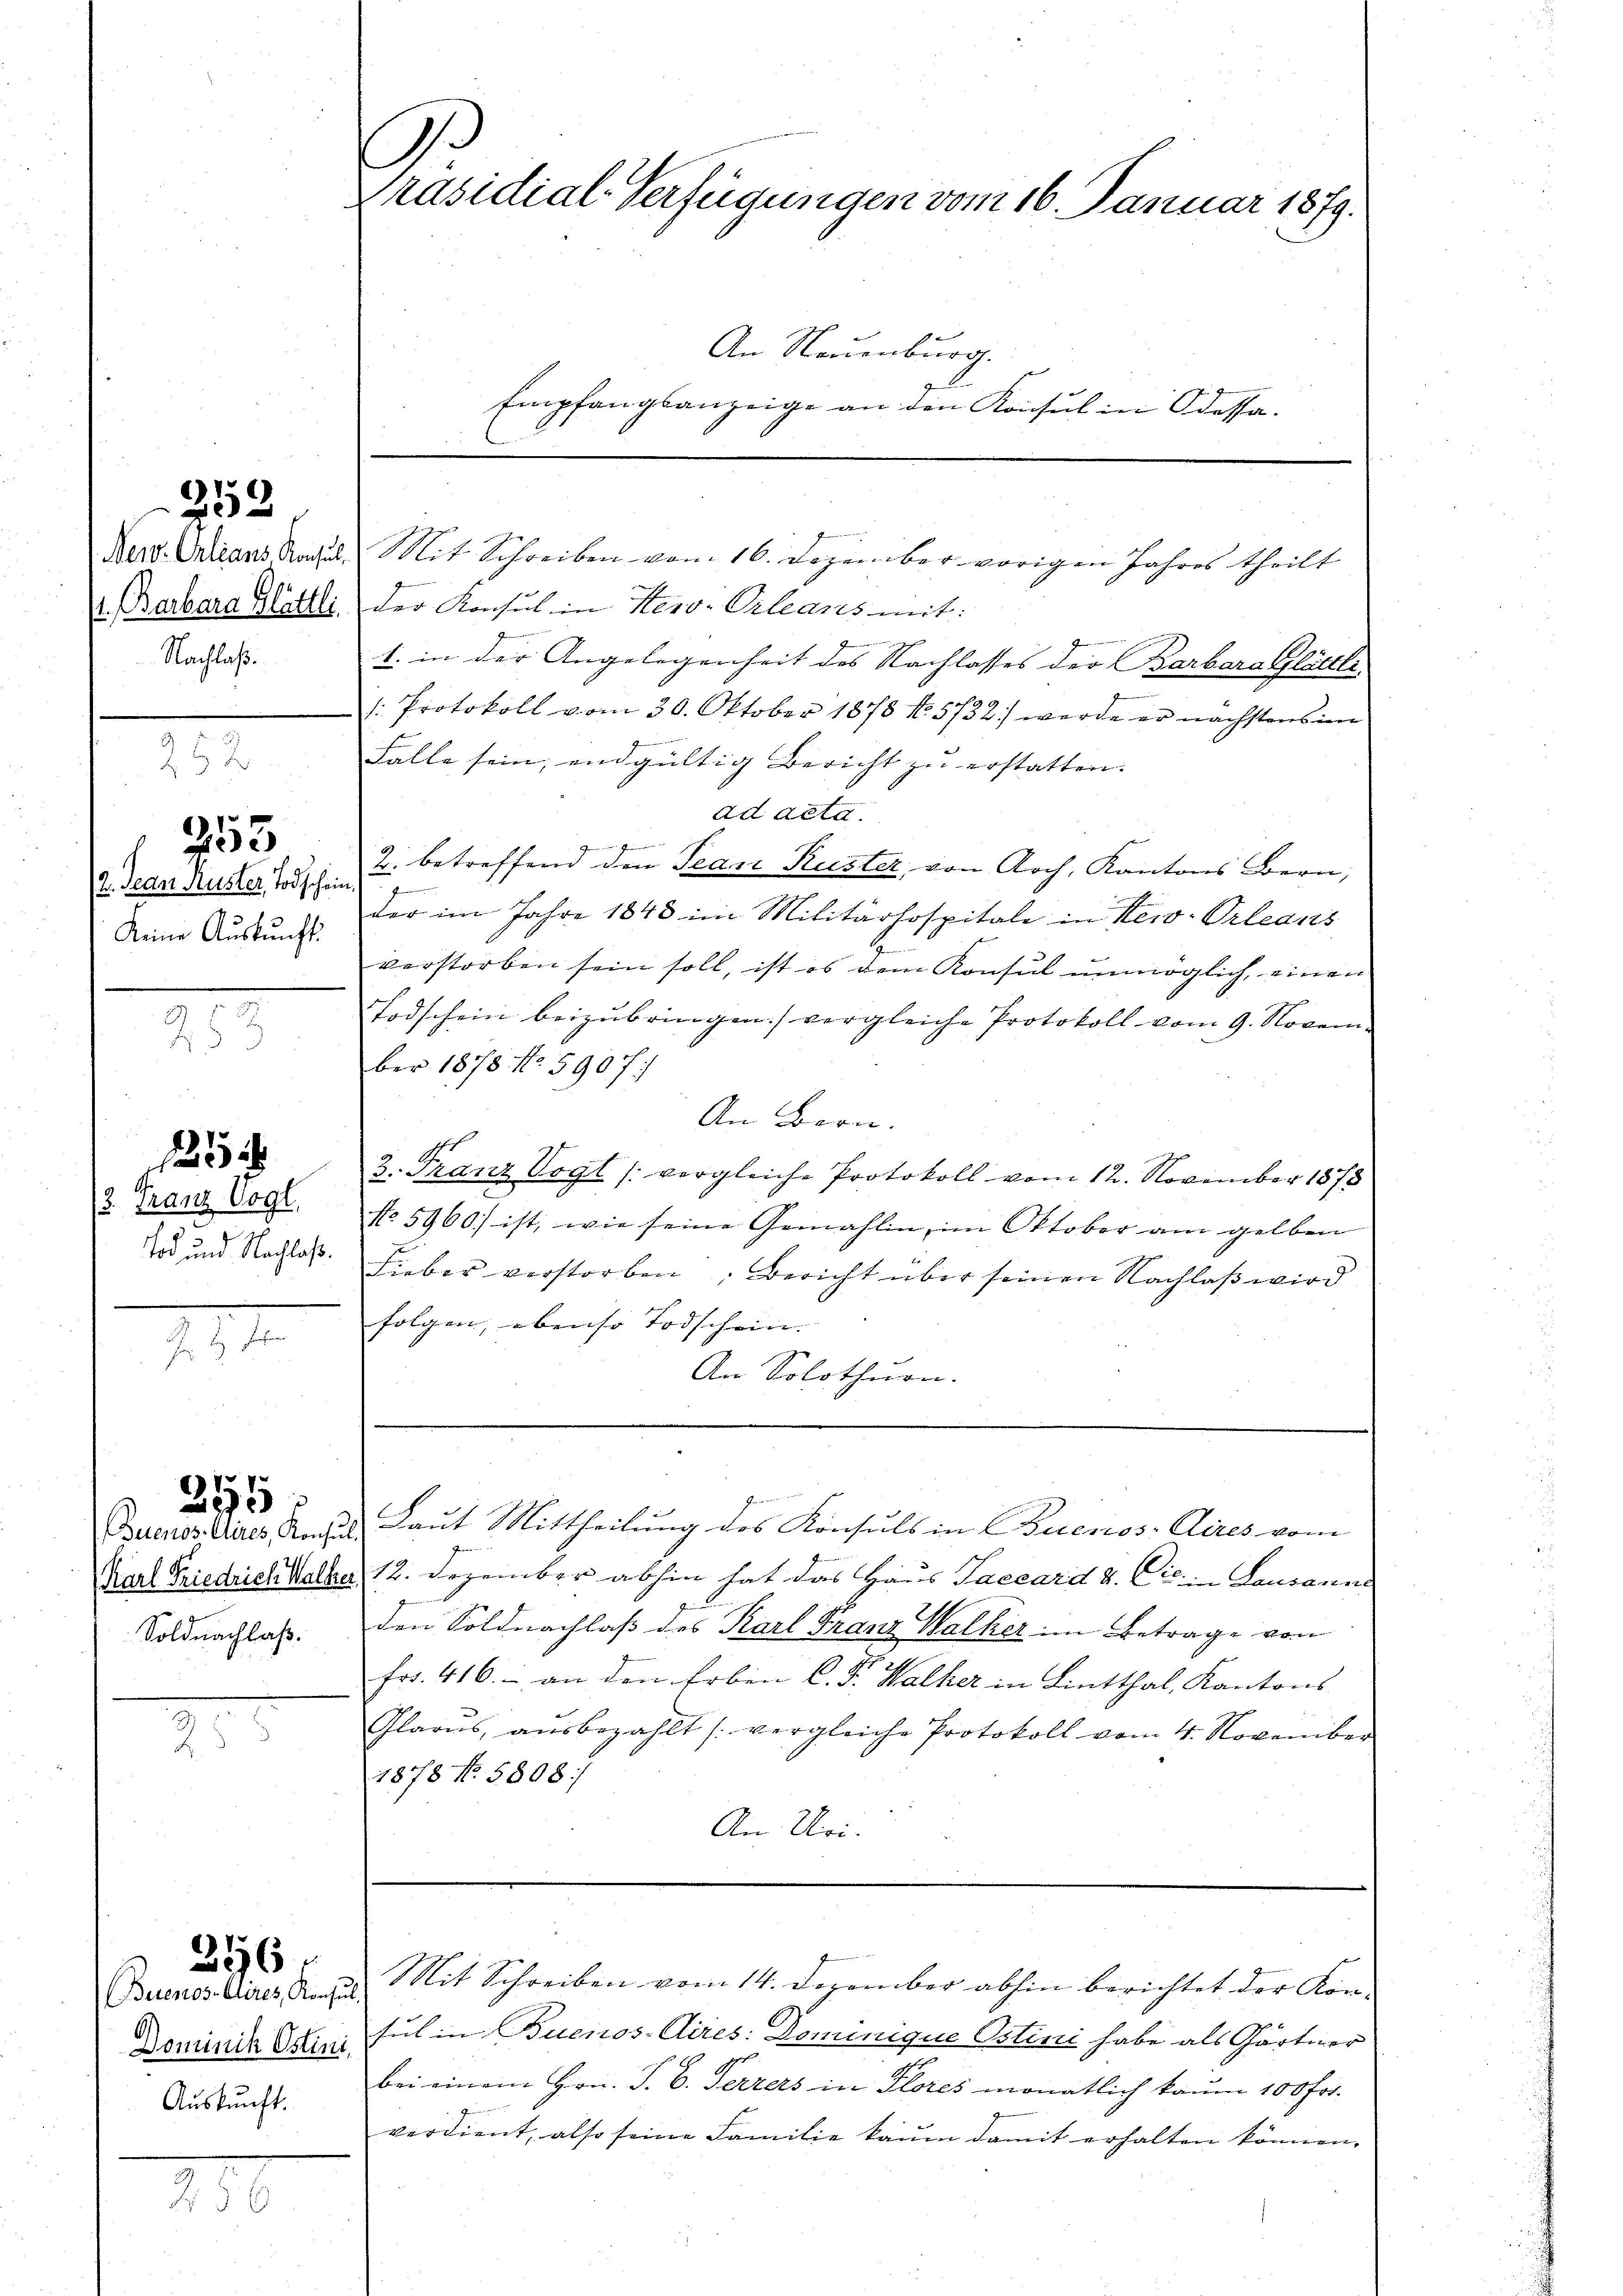
252

Nachlaß.

12. Jean Ruster, Todschein)
keine Auskunft.

255

12. Franz Vogl.

1

Soldnachlaß.

295.

Der Orleans Ragul. Mit Schreiben vom 16. Dezember vorigen Jahres theilt
9
V. Barbara Blattli, der Konsul in Hero-Orleans mit:
1. in der Angelegenheit des Nachlasses der Barbara Glättli
: Protokoll vom 30. Oktober 1878 No. 5732) werde er nächstens im
 inter
Fälle sein, endgültig Bericht zu erstatten.
ad acta.
mriss ich einer in ein
2. betreffend den Jean Kuster, von Arch, Kantons Bern,
der im Jahre 1848 im Militärhospitale in New-Orleans
verstorben sein soll, ist es dem Konsul unmöglich, einen
Todschein beizubringen.) vergleiche Protokoll vom 9. November 1878 No. 590 f
An Bern.
3. Franz Vogt (vergleiche Protokoll vom 12. November 1878
No 5960) ist, wie seine Gemahlin, im Oktober am gelben
In und Nachlass. Lieber verstorben. Bericht über seinen Nachlaß wird
folgen, ebenso Todschein. |
An Solothurn.
.

Dominik Ostini,
Auskunft.

256

Präsidial-Verfügungen vom 16. Januar 1879.
An Neuenburg.
Empfangsanzeige an den Konsul in Odessa.

Buenostrires Recht, Laut Mittheilung des Konsuls in Buenos Aires vom
Karl Friedrich Halbe, 12. Dezember abhin hat das Haus Taccard & Cie in Lausanne
den Soldnachlaß des Karl Franz Walker im Betrage von
Fr. 416. an den Erben C. Fr. Walker in Lintthal, Kantons
Glarus, aŭsbezahlt (vergleiche Protokoll vom 4. November
1878 No. 5808/
An Uri.

Buenos Aires den Mit Schreiben vom 14. Dezember abhin berichtet der Kon-
sul in Buenos-Aires: Dominique Ostini habe als Gärtner
bei einem Hrn. P. C. Perrers in Flores monatlich kaum 100 fr.
verdient, also seine Familie kaum damit erhalten können.